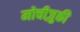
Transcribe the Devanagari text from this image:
मोचीज़ुकी